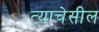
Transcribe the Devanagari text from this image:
त्याचेसील